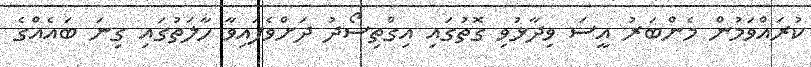
ކުރައްވަމުން މެންބަރު އީސަ ވިދާޅުވި ގޮތުގައި އިގްތިސޯދު ދަށްވެފައިވާ ހާލަތުގައި ގިނަ ބައެއްގެ